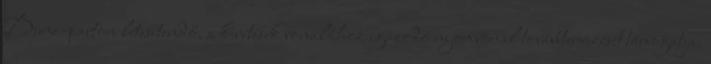
Duna-parton létesítendő, a kerítések vonalához igazodó nyomvonal továbbtervezését támogatja.